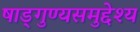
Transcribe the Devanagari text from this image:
षाड्गुण्यसमुद्देश्य